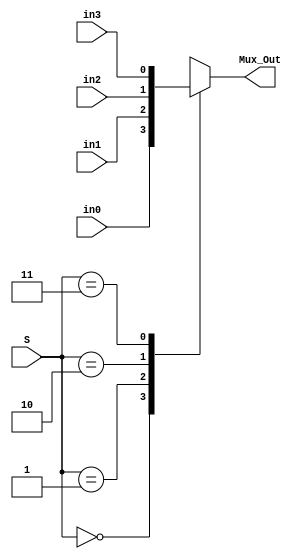
module Mux_4_to_1(Mux_Out , S , in0 , in1 , in2 , in3);

output reg Mux_Out;
input [1:0] S;
input in0 , in1 , in2 , in3;

always@(*)
begin
	case(S)
		
		2'b00 : Mux_Out = in0;
		2'b01 : Mux_Out = in1;
		2'b10 : Mux_Out = in2;
		2'b11 : Mux_Out = in3;
	endcase
end

endmodule